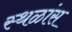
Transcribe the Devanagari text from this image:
स्थळांस